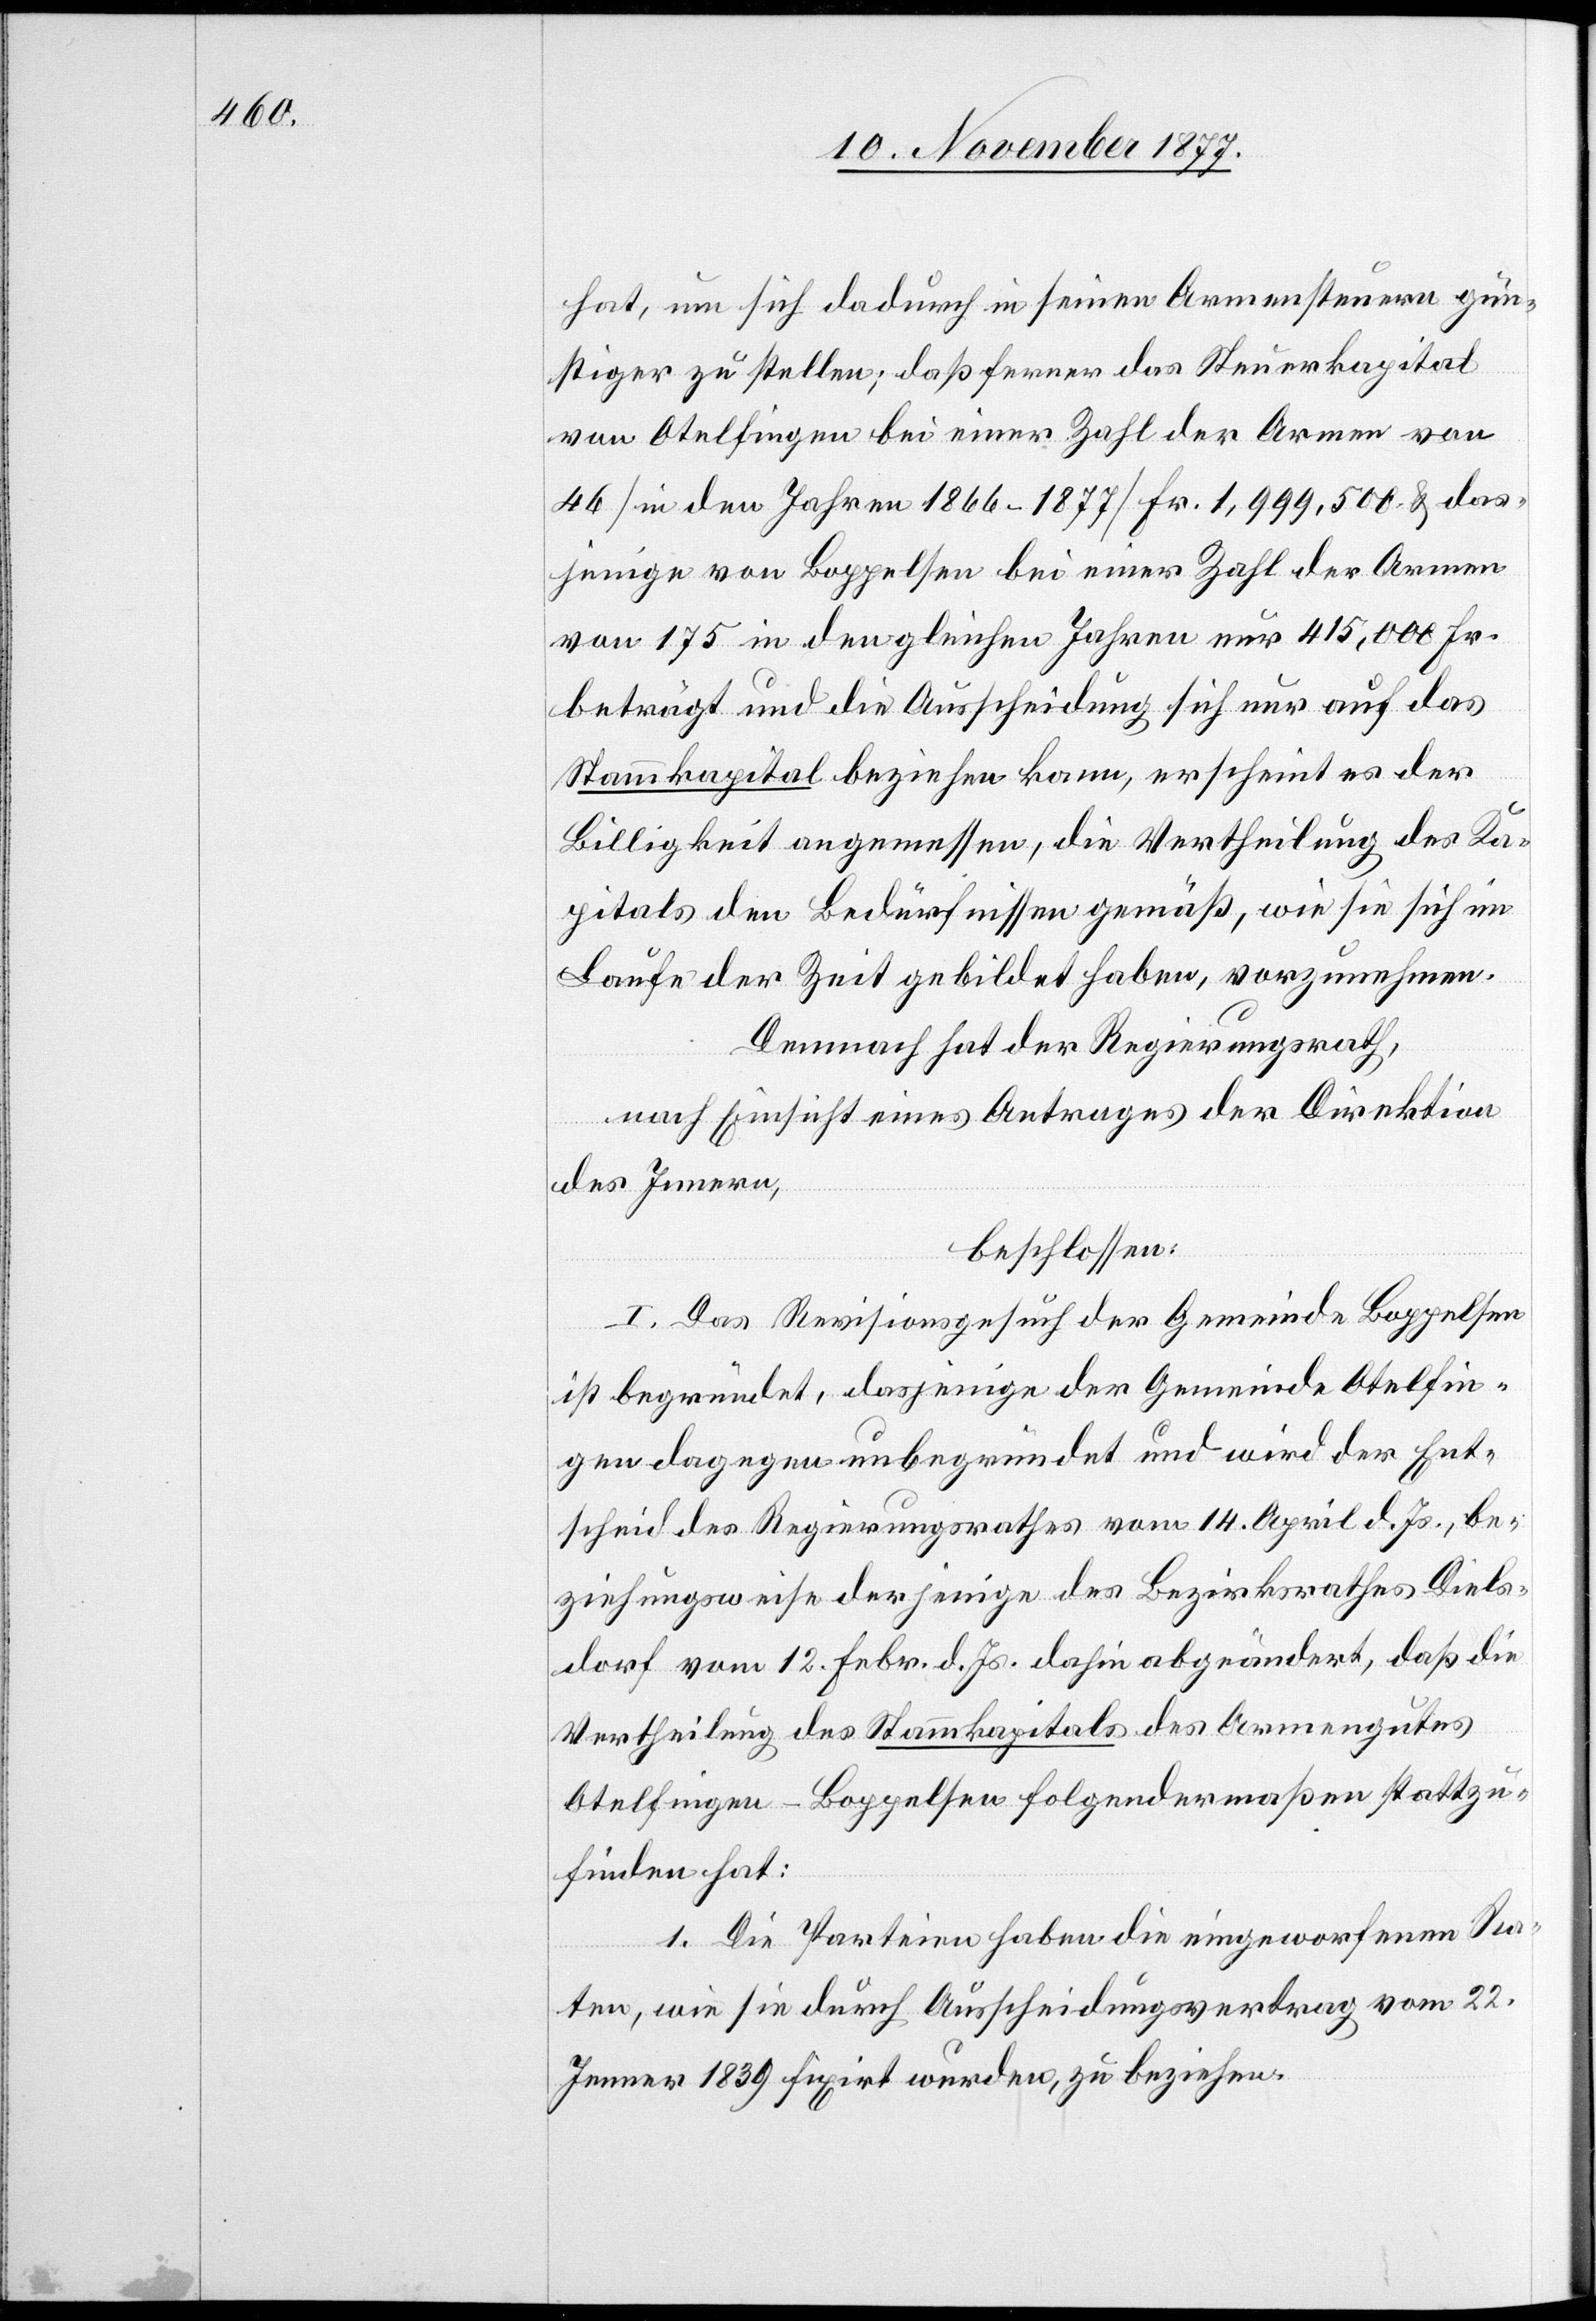
hat, um sich dadurch in seinen Armensteuern gün¬
stiger zu stellen; daß ferner das Steuerkapital
von Otelfingen bei einer Zahl der Armen von
46 [in den Jahren 1866–1877] Fr. 1,999,500 &das¬
jenige von Boppelsen bei einer Zahl der Armen
von 175 in den gleichen Jahren nur 415,000 Fr.
beträgt und die Ausscheidung sich nur auf das
Stammkapital beziehen kann, erscheint es der
Billigkeit angemessen, die Vertheilung des Ka¬
pitals den Bedürfnissen gemäß, wie sie sich im
Laufe der Zeit gebildet haben, vorzunehmen.
Demnach hat der Regierungsrath,
nach Einsicht eines Antrages der Direktion
des Innern,
beschlossen:
I. Das Revisionsgesuch der Gemeinde Boppelsen
ist begründet, dasjenige der Gemeinde Otelfin¬
gen dagegen unbegründet und wird der Ent¬
scheid des Regierungsrathes vom 14. April d. Js., be¬
ziehungsweise derjenige des Bezirksrathes Diels¬
dorf vom 12. Febr. d. Js. dahin abgeändert, daß die
Vertheilung des Stammkapitals des Armengutes
Otelfingen-Boppelsen folgendermaßen stattzu¬
finden hat:
1. Die Parteien haben die eingeworfenen Ra¬
ten, wie sie durch Ausscheidungsvertrag vom 22.
Jenner 1839 fixirt wurden, zu beziehen.